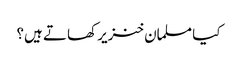
کیا مسلمان خنزیر کھاتے ہیں؟